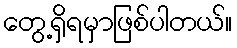
တွေ့ရှိရမှာဖြစ်ပါတယ်။